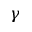
\gamma